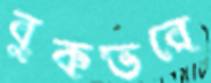
বুকভরে